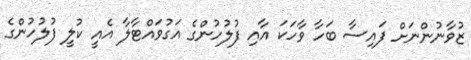
ޒުވާނުންނަށް ފައިސާ ބަހާ ވާހަކަ އާއި ފުލުހުންގެ އަގުވައްޓާލާ އެއީ ކުލީ ފުލުހުންގެ